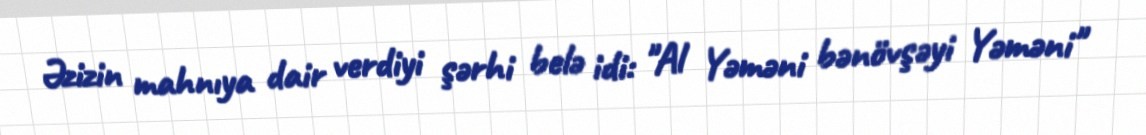
Əzizin mahnıya dair verdiyi şərhi belə idi: "Al Yəməni bənövşəyi Yəməni"